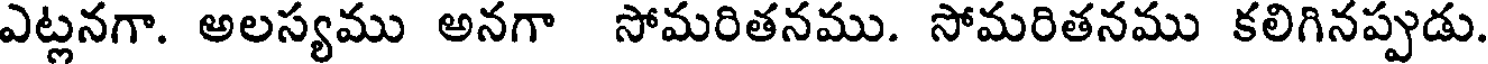
ఎట్లనగా. అలస్యము అనగా సోమరితనము. సోమరితనము కలిగినప్పుడు.